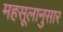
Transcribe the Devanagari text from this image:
महसूलानुसार